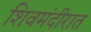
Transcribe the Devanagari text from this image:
शिवमंदीरात